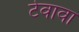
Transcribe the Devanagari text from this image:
टेवावा